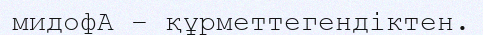
мидофА – құрметтегендіктен.